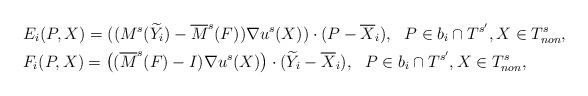
LaTeX: \begin{align*}& E_i(P,X)= ( ( M^s(\widetilde{Y}_i) - \overline{M}^s(F) )\nabla u^s(X) )\cdot(P-\overline{X}_i), ~ ~P\in b_i\cap T^{s'}, X\in T_{non}^s, \\& F_i(P,X)= \left( (\overline{M}^s(F) - I)\nabla u^s(X) \right) \cdot (\widetilde{Y}_i-\overline{X}_i), ~ ~P\in b_i\cap T^{s'}, X\in T_{non}^s,\end{align*}